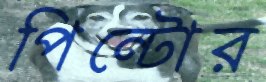
পিন্টোর